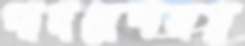
পাদদেশসহ